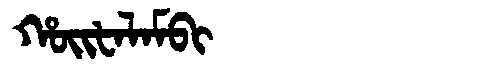
Manchu: ᡥᠣᡳᡶᠠᠯᠠᠮᠪᡳ
Romanization: HOIFALAMBI